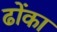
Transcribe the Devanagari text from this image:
ढोंका